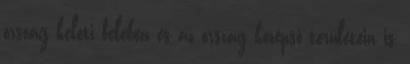
ország keleti felében és az ország középső területein is,